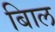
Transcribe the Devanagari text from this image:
बािल